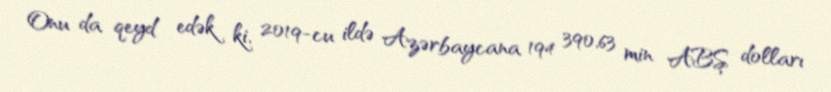
Onu da qeyd edək ki, 2019-cu ildə Azərbaycana 194 390,63 min ABŞ dolları